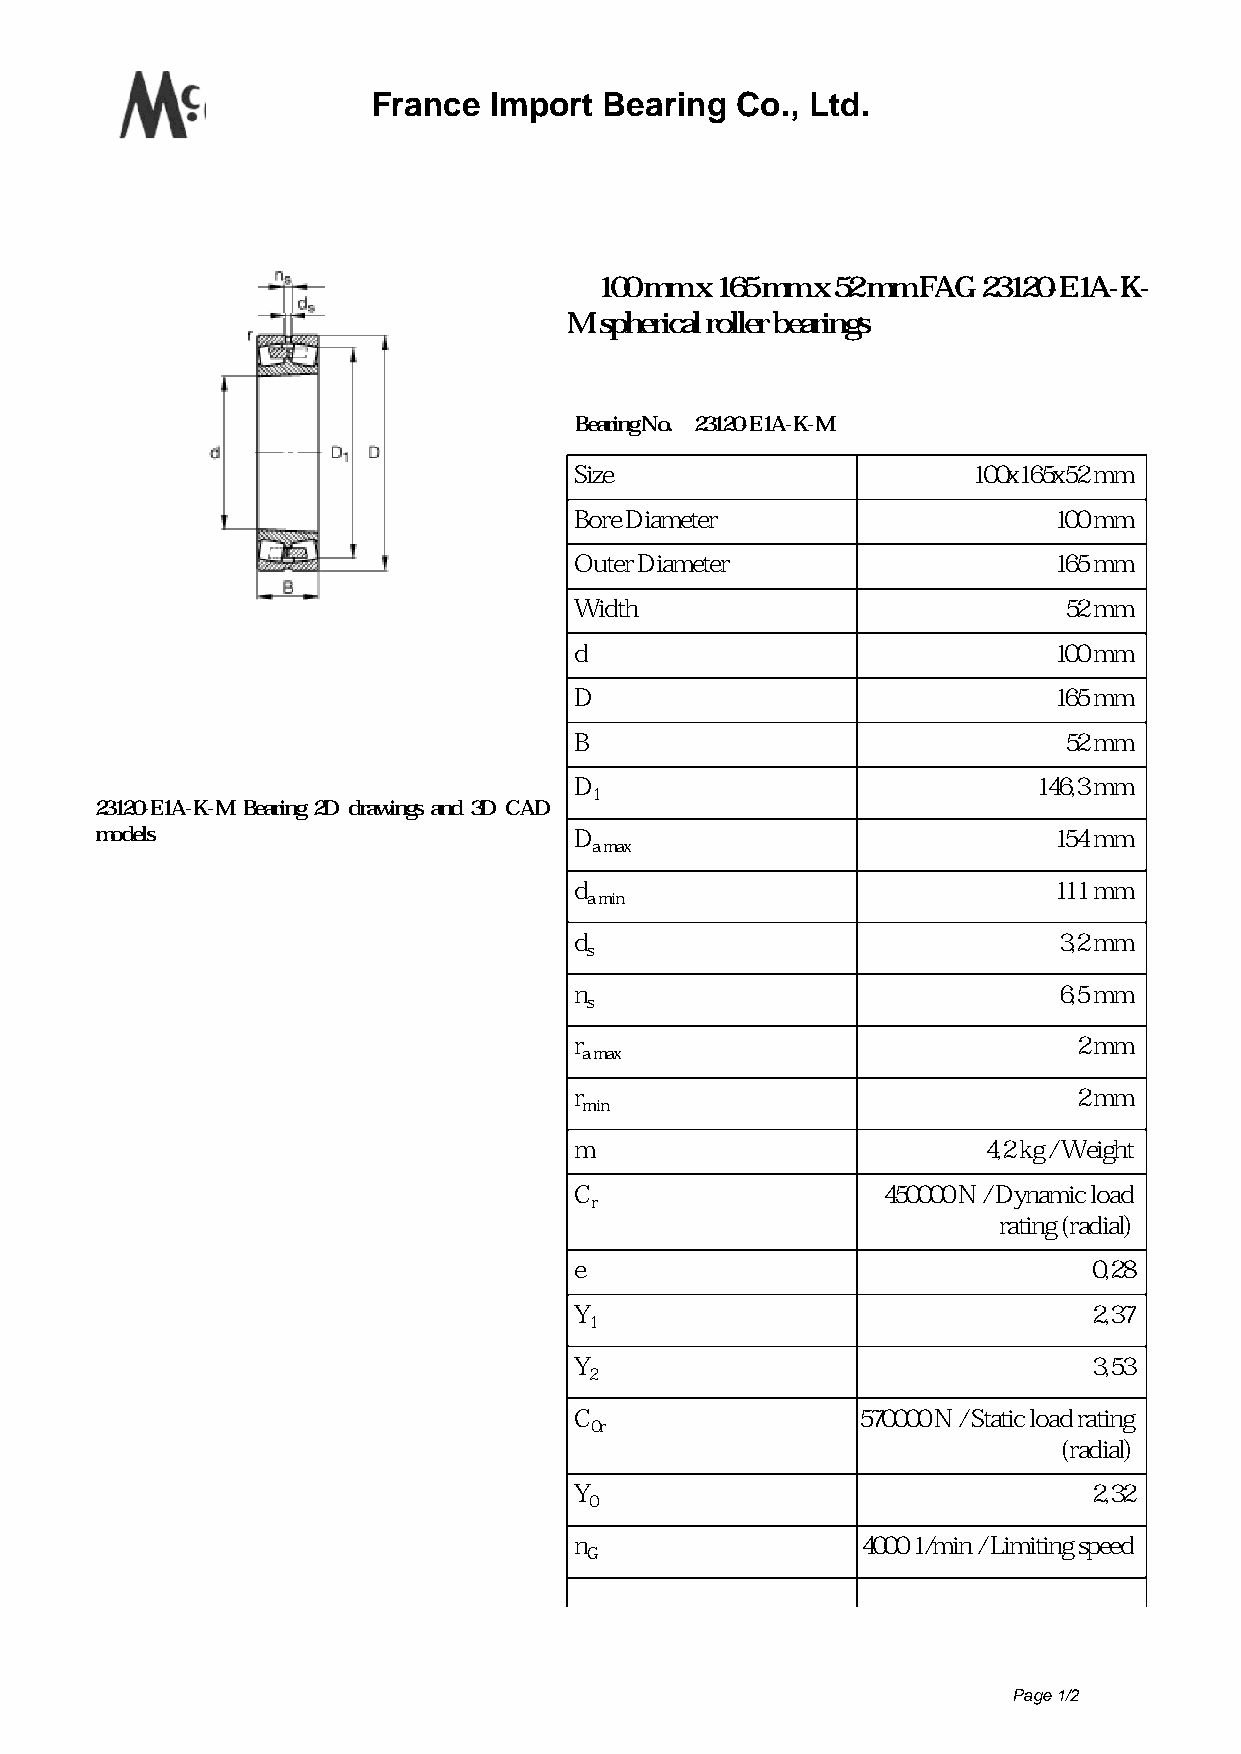
France Import  Bearing  Co., Ltd.
 100 mm x 165 mm x 52 mm FAG 23120-E1A-K-
 M spherical roller bearings
 Bearing No. 23120-E1A-K-M
 Size                      100x165x52 mm
 Bore Diameter                   100 mm
 Outer Diameter                  165 mm
 Width                           52 mm
 d                               100 mm
 D                               165 mm
 B                               52 mm
 D                              146,3 mm
 1
 23120-E1A-K-M Bearing 2D drawings and 3D CAD
 models                          D                               154 mm
 a max
 d                               111 mm
 a min
 d                               3,2 mm
 s
 n                               6,5 mm
 s
 r                                2 mm
 a max
 r                                2 mm
 min
 m                          4,2 kg / Weight
 C                   450000 N / Dynamic load
 r
 rating (radial)
 e                                 0,28
 Y                                 2,37
 1
 Y                                 3,53
 2
 C                  570000 N / Static load rating
 0r
 (radial)
 Y                                 2,32
 0
 n                  4000 1/min / Limiting speed
 G
 Page 1/2